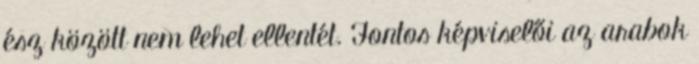
ész között nem lehet ellentét. Fontos képviselői az arabok